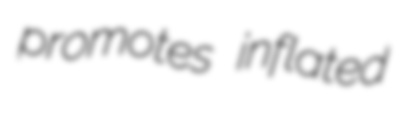
promotes inflated